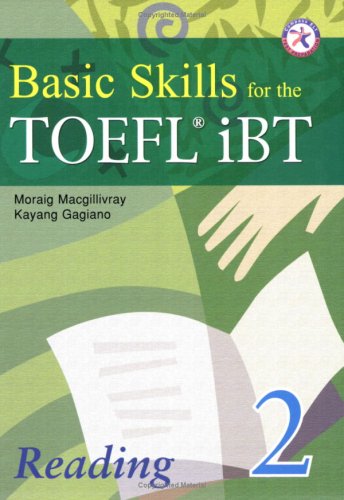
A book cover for Basic Skills for the TOEFL iBT 2, Reading Book (with Answer Key); Moraig Macgillivray; Test Preparation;